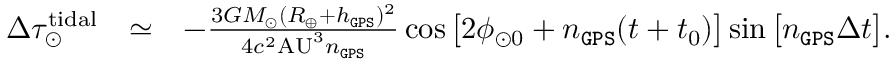
\begin{array} { r l r } { \Delta \tau _ { \odot } ^ { \mathrm { t i d a l } } } & { \simeq } & { - \frac { 3 G M _ { \odot } ( R _ { \oplus } + h _ { \tt G P S } ) ^ { 2 } } { 4 c ^ { 2 } \mathrm { A U } ^ { 3 } n _ { \tt G P S } } \cos \big [ 2 \phi _ { \odot 0 } + n _ { \tt G P S } ( t + t _ { 0 } ) \big ] \sin \big [ n _ { \tt G P S } \Delta t \big ] . } \end{array}